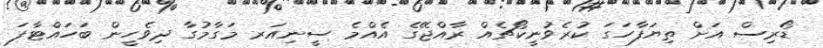
ޑޯރިސް އަށް ތިޔަފާހަގަ ކުރެވުނީކޯޗެއް ރާއްޖޭގެ އެއްމެ ސީނިއަރ މަގާމުގާ ދިވެހީން ބަހައްޓާފަ